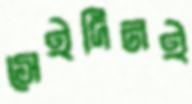
সেইদিনই